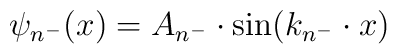
\psi_{n^-}(x)=A_{n^-}\cdot {\rm sin}(k_{n^-}\cdot x)